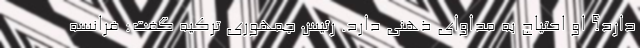
دارد؟ او احتیاج به مداوای ذهنی دارد. رئیس جمهوری ترکیه گفت: فرانسه